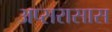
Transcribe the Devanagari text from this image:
अप्सरासास